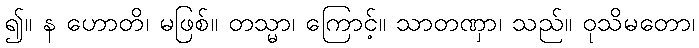
၍။ န ဟောတိ၊ မဖြစ်။ တသ္မာ၊ ကြောင့်။ သာတဏှာ၊ သည်။ ဝုသိမတော၊